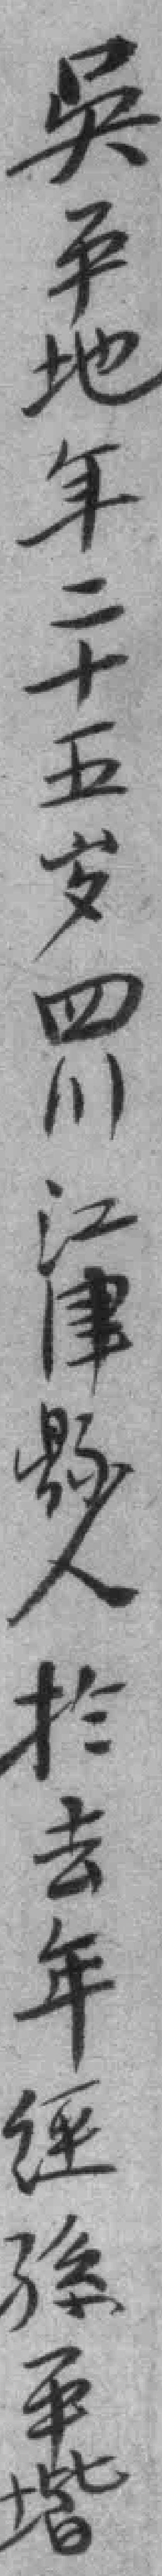
吳平地年二十五岁四川江津縣人於去年𦀇孫平堦